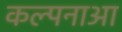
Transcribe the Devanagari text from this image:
कल्पनाआ